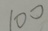
1 0 0